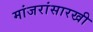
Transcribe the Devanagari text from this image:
मांजरांसारखी